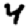
Digit: 4